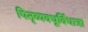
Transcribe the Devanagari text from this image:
पितृव्यवधूर्विधात्रा